Report of the Hyderabad Chloroform Commission
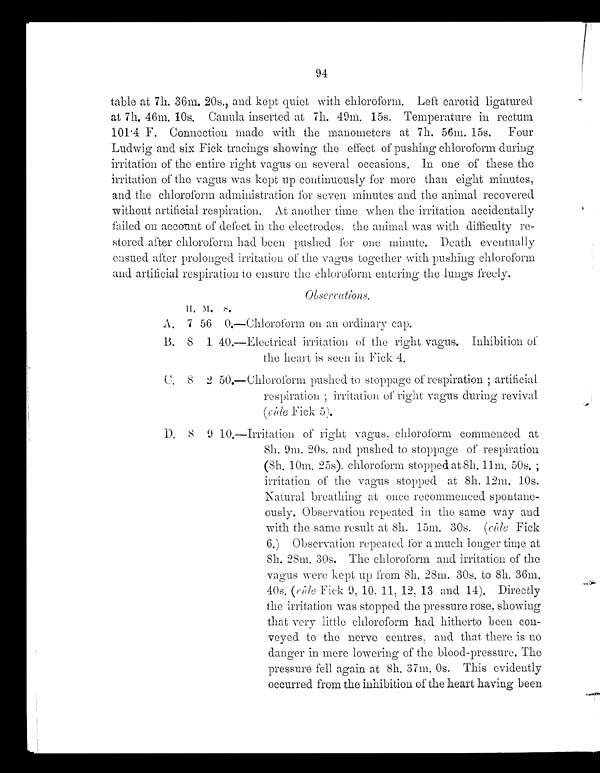
94
table at 7h. 36m. 20s., and kept quiet with chloroform. Left carotid
l i g a t u r e d a t
7 h .
4 6 m .
1 0 s . C a n u l a
inserted at 7h. 49m. 15s. Temperature in rectum
101·4 F. Connection made wi th the manometers at 7h. 56m. 15s. Four
Ludwig and six Fick tracings showing the effect of pushing chloroform during
irritation of the entire right vagus on several occasions. In one of these the
irritation of the vagus was kept up continuously for more than eight minutes,
and the chloroform administration for seven minutes and the animal recovered
without artificial respiration. At another time when the irritation accidentall
y f a i l e d
o n
a c c o u n t
of defect in the electrodes, the animal was with difficulty re-
stored after chloroform had been pushed for one minute. Death event
u a l l y
e n s u e d a f t e r p r o l o n g e d i r r i t a t i o n o f t h ev
a g u s
together with pushing chloroform
and artificial respiration to ensure the chloroform entering the lungs freely.
Observations.
H. M . S
A. 7 56 0.—Chloroform on an ordinary ca
p
B. 8 1 40.—Electrical irritation of the right vagus. Inhibition of
the heart is seen in Fick 4.
C. 8 2 50.— Chloroform pushed to stoppage of respiration ; artificial
respiration ; irritation of right vagus during revival
(vide Fick 5)
.
D. 8 9 10.—Irritationo f r i g h t
v a g u s ,
chloroform commenced at
8h. 9m. 20s. and pushed to stoppage of respiration
(8h. 10m. 25s). chloroforms t o p p e d
a t 8 h . 1 1 m .
50s.
;
irritation of the vagus stopped at 8h. 12m. 10s.
Natural breathing at once recommenced spontane-
ously. Observation repeated in the same way and
with the same result at 8h. 15m. 30s. (vide Fick
6.) Observation repeated for a much longer time at
8h. 28m. 30s The chloroform and irritation of t
he
vagus were kept up from 8h. 28m. 30s. to 8h. 36m.
40s. (vide Fick 9, 10, 11, 12, 13 and 14). Direc
tly
the irritation was stopped the pressure rose, showing
that very little chloroform had hitherto been con-
veyed to the nerve centres, and that there is no
danger in mere lowering of the blood-pressure. The
pressure fell again at 8h. 37m. 0s. This evidently
occurred from the inhibition of the heart having been